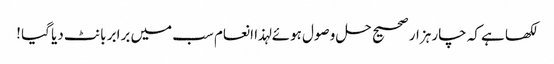
لکھا ہے کہ چار ہزار صحیح حل وصول ہوئے لہذا انعام سب میں برابر بانٹ دیا گیا !